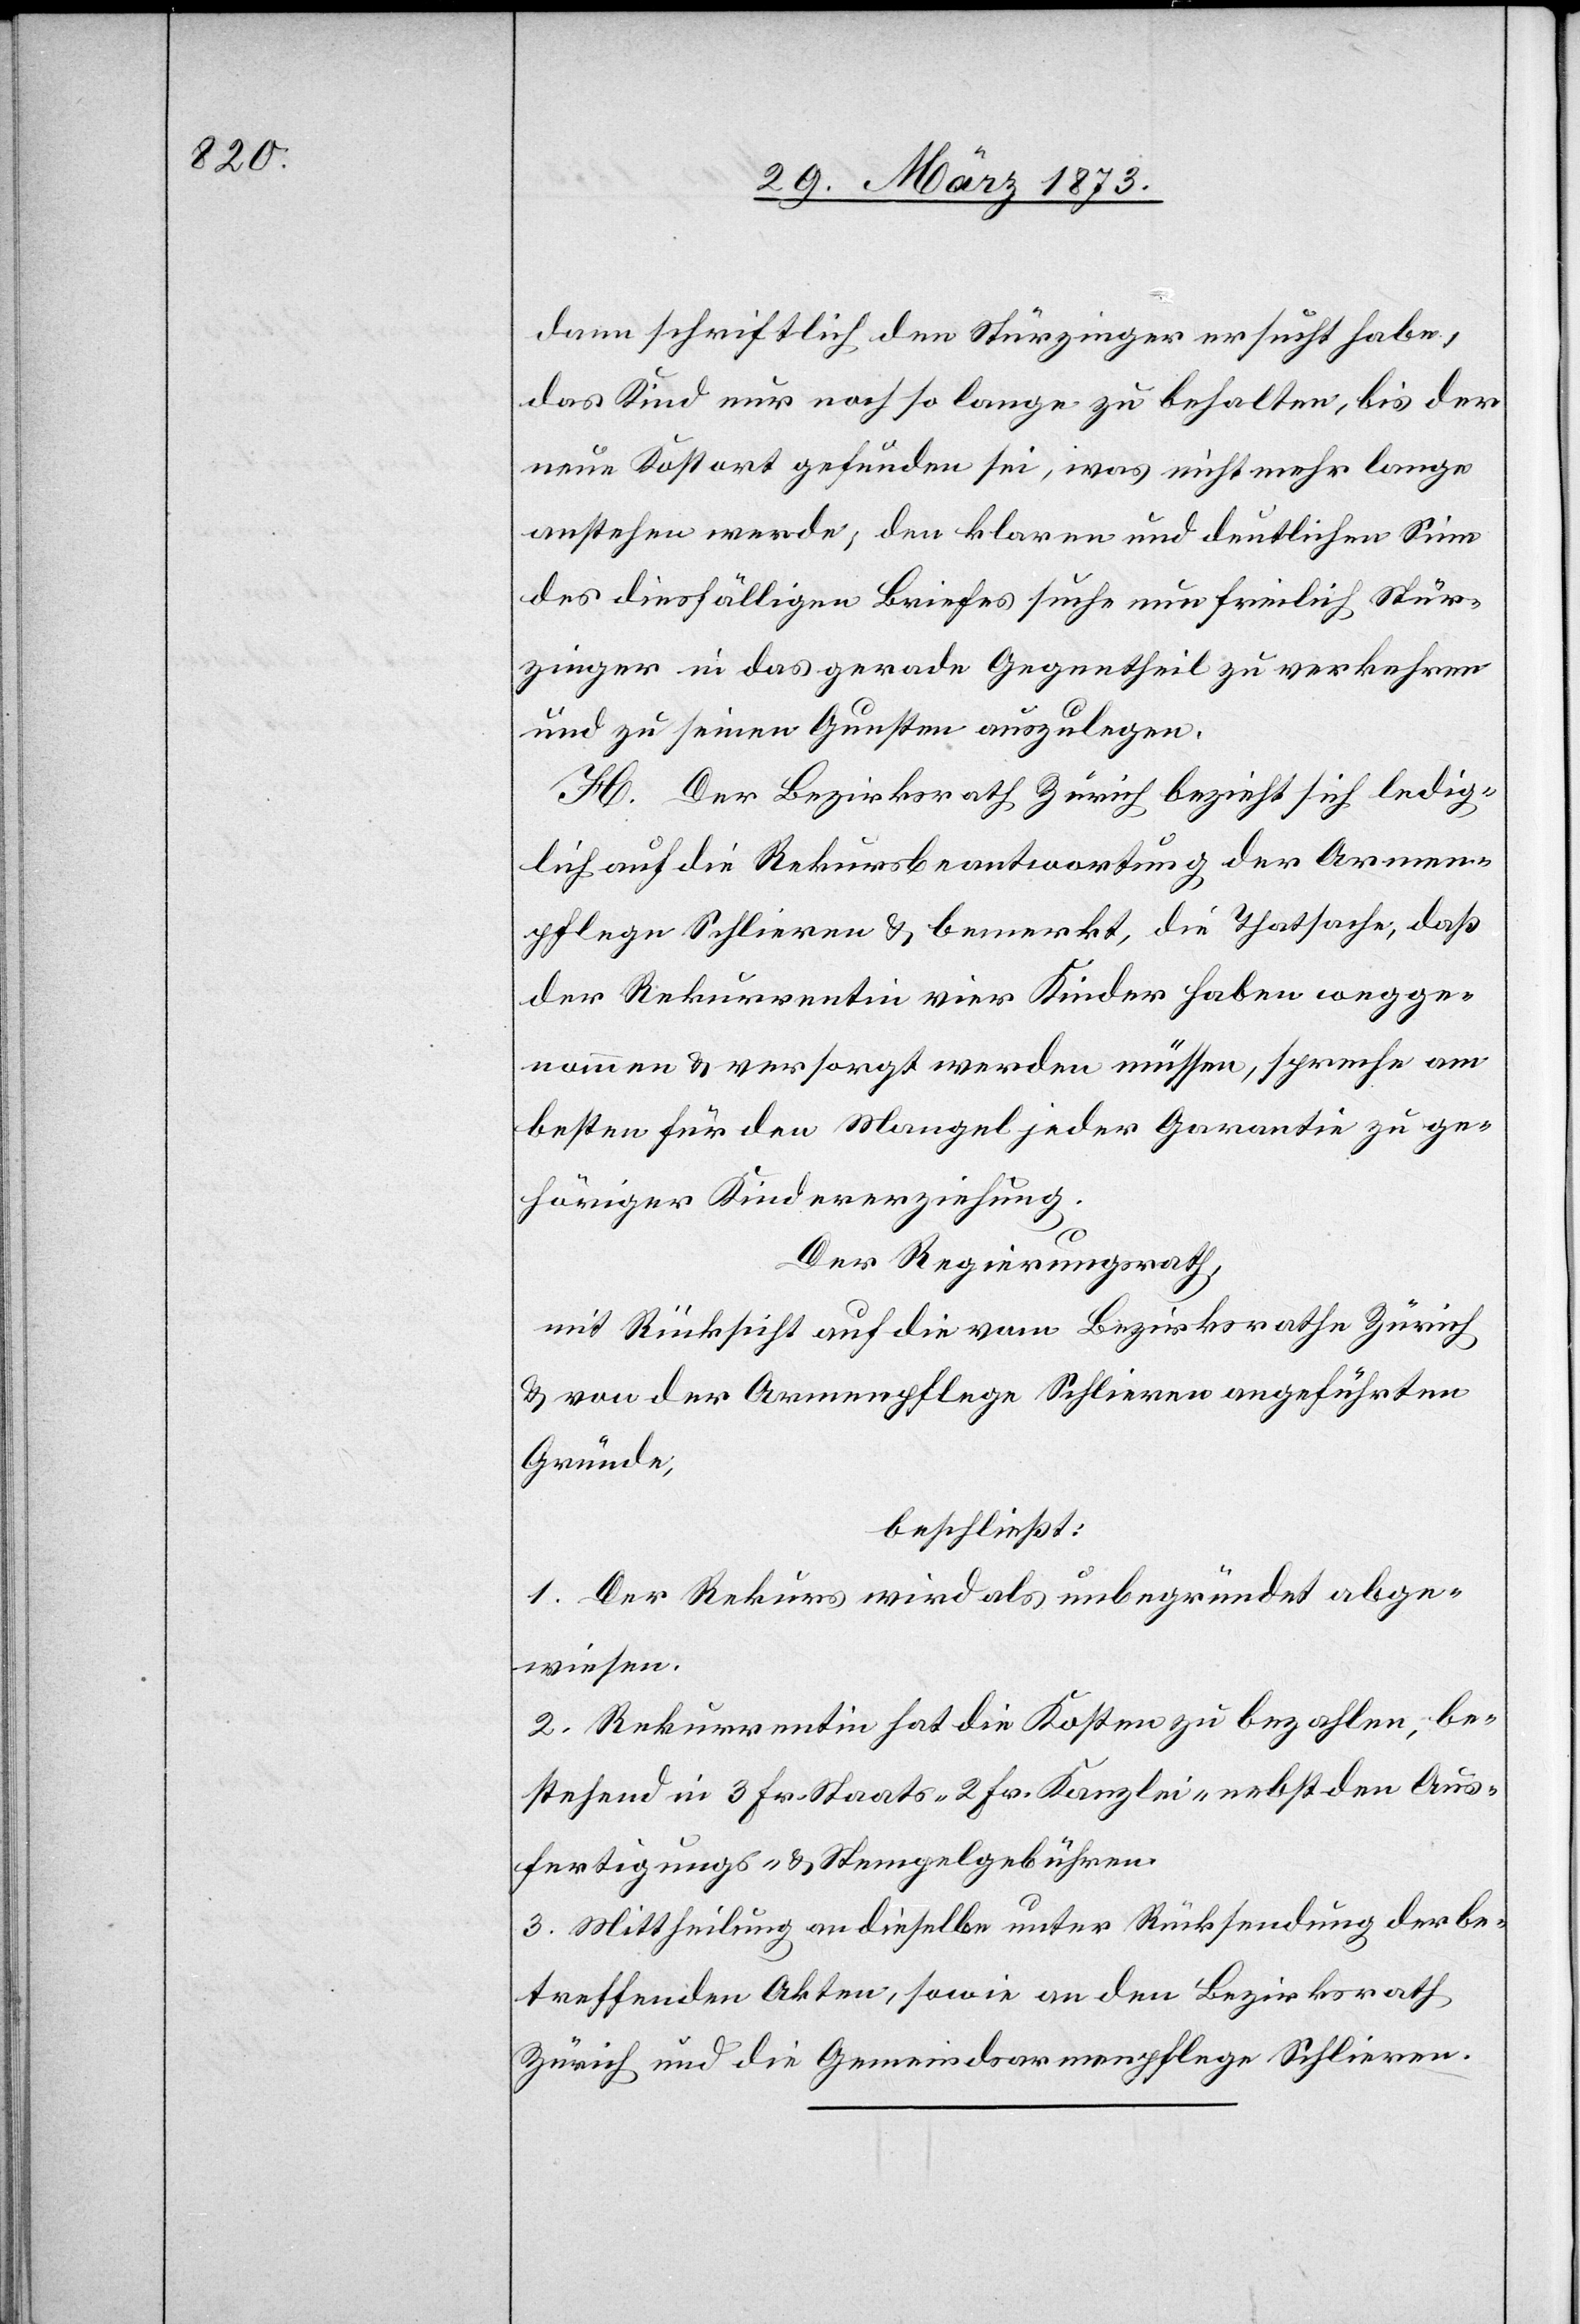
dann schriftlich den Stürzinger ersucht habe,
das Kind nur noch so lange zu behalten, bis der
neue Kostort gefunden sei, was nicht mehr lange
anstehen werde; den klaren und deutlichen Sinn
des diesfälligen Berichtes suche nun freilich Stür¬
zinger in das gerade Gegentheil zu verkehren
und zu seinen Gunsten auszulegen.
H. Der Bezirksrath Zürich bezieht sich ledig¬
lich auf die Rekursbeantwortung der Armen¬
pflege Schlieren u. bemerkt, die Thatsache, daß
der Rekurrentin vier Kinder haben wegge¬
nommen u. versorgt werden müssen, spreche am
besten für den Mangel jeder Garantie zu ge¬
höriger Kindererziehung.
Der Regierungsrath,
mit Rücksicht auf die vom Bezirksrathe Zürich
u. von der Armenpflege Schlieren angeführten
Gründe,
beschließt:
1. Der Rekurs wird als unbegründet abge¬
wiesen.
2. Rekurrentin hat die Kosten zu bezahlen, be¬
stehend in 3 Fr. Staats[,] 2 Fr. Kanzlei- nebst den Aus¬
fertigungs- u. Stempelgebühren.
3. Mittheilung an dieselbe unter Rücksendung der be¬
treffenden Akten, sowie an den Bezirksrath
Zürich und die Gemeindsarmenpflege Schlieren.